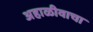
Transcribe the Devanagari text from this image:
अहाळीवाचा